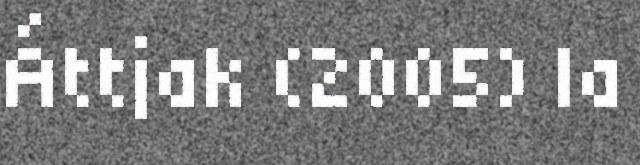
Áttjak (2005) la